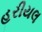
હરીયલ